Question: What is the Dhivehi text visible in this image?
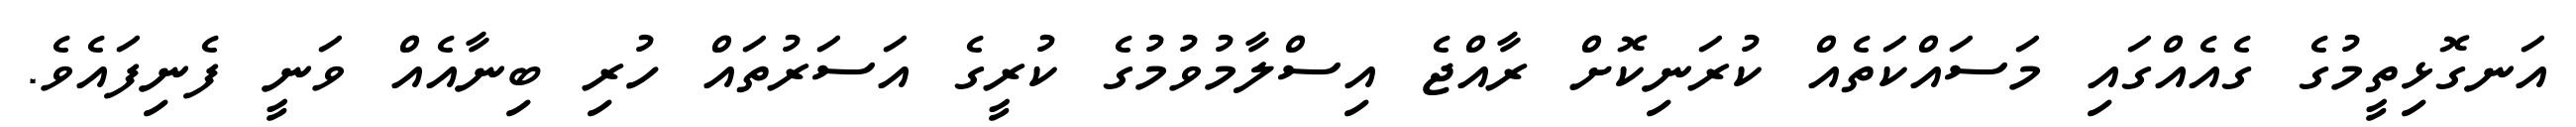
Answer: އަނގޮޅިތީމުގެ ގެއެއްގައި މަސައްކަތެއް ކުރަނިކޮށް ރާއްޖެ އިސްލާމުވުމުގެ ކުރީގެ އަސަރުތައް ހުރި ބިނާއެއް ވަނީ ފެނިފައެވެ.